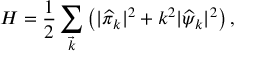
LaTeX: { \cal H } = \frac { 1 } { 2 } \sum _ { \vec { k } } \left( | { \widehat \pi } _ { k } | ^ { 2 } + k ^ { 2 } | { \widehat \psi } _ { k } | ^ { 2 } \right) ,